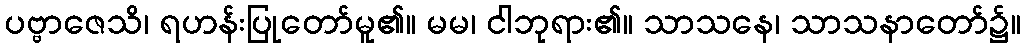
ပဗ္ဗာဇေသိ၊ ရဟန်းပြုတော်မူ၏။ မမ၊ ငါဘုရား၏။ သာသနေ၊ သာသနာတော်၌။